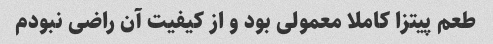
طعم پیتزا کاملا معمولی بود و از کیفیت آن راضی نبودم